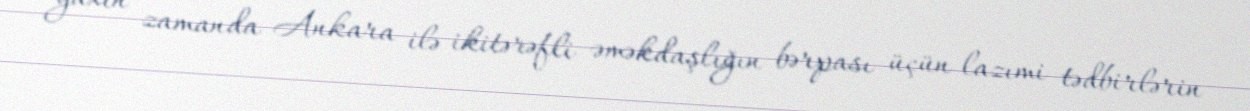
yaxın zamanda Ankara ilə ikitərəfli əməkdaşlığın bərpası üçün lazımi tədbirlərin